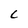
Character: c